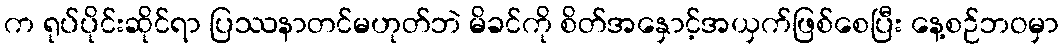
က ရုပ်ပိုင်းဆိုင်ရာ ပြဿနာတင်မဟုတ်ဘဲ မိခင်ကို စိတ်အနှောင့်အယှက်ဖြစ်စေပြီး နေ့စဉ်ဘဝမှာ